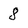
Character: 8